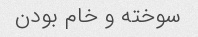
سوخته و خام بودن